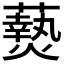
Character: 𬋖